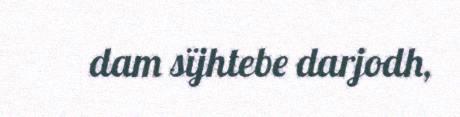
dam sïjhtebe darjodh,